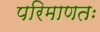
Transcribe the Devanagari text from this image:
परिमाणतः